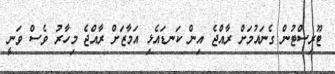
ޓޫރިސްޓުން ގެނައުމަށް ރާއްޖެ އިން ކަނޑައެޅި އަމާޒަށް ރާއްޖެ މިހާރު ވެސް ވަނީ